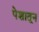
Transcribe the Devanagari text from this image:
पेशातून